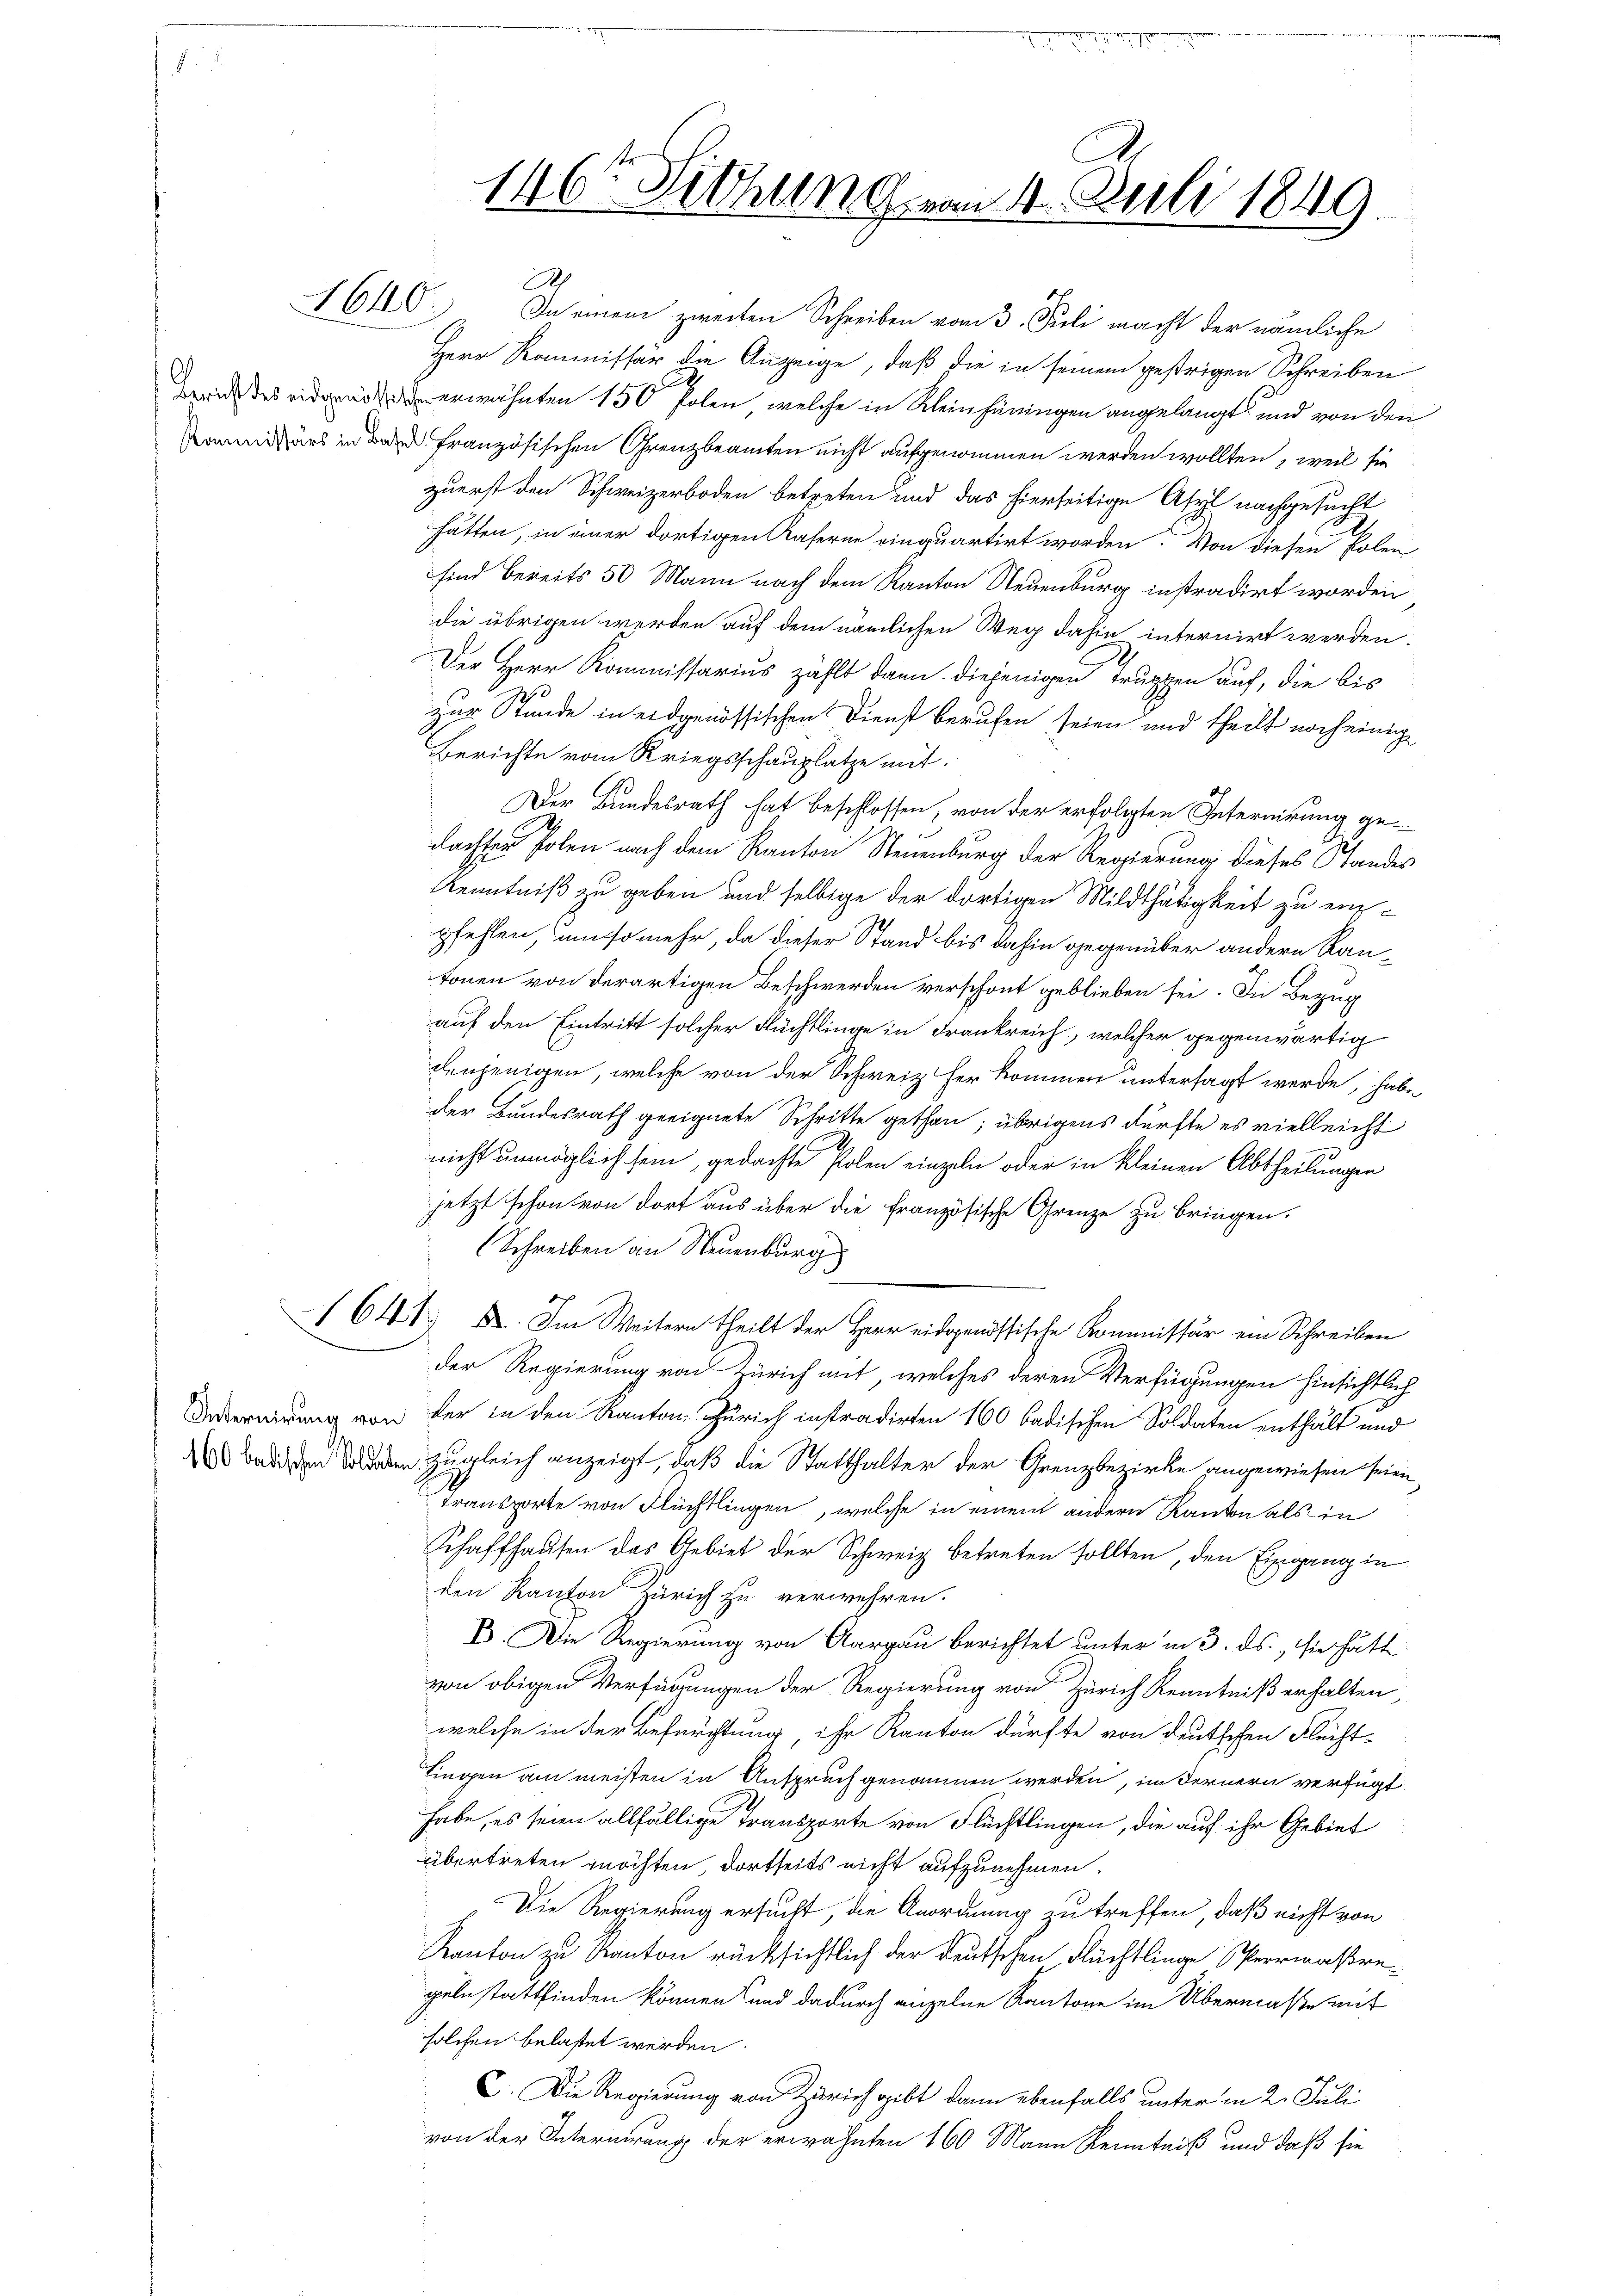
A
16100. In einem zweiten Schreiben vom 3. Juli macht der nämliche
Herr Kommissär die Anzeige, daß die in seinem gestrigen Schreiben
2
wrid des ein erwähnten 150 Polen, welche in Kleinhüringen angelangt und von den
Kommißärs in das französischen Grenzbeamten nicht aufgenommen werden wollten, weil sie
zuerst den Schweizerboden betreten und das hierseitige Asyl nachgesucht
hätten, in einer dortigen Kaserne einquartirt worden. Von diesen Polen
sind bereits 50 Mann nach dem Kanton Neuenburg instradirt worden
die übrigen werden auf dem nämlichen Weg dahin internirt werden.
Der Herr Kommissarius zählt dann diejenigen Truppen auf, die bis
zur Stunde in eidgenössischen Dienst berufen seien und theilt noch einig
Berichte vom Kriegsschauplatze mit
Der Bundesrath hat beschlossen, von der erfolgten Internirung gedachter Polen nach dem Kanton Steuenburg der Regierung dieses Standes
Kenntniß zu geben und selbige der dortigen Mildthätigkeit zu einpfehlen, um so mehr, da dieser Stand bis dahin gegenüber andern Rautonen von derartigen Beschwerden verschont geblieben sei. In Bezug
auf den Eintritt solcher Flüchtlinge in Frankreich, welcher gegenwärtig
denjenigen, welche von der Schweiz her kommen untersagt werde, habe
der Bundesrath geeignete Schritte gethan; übrigens dürfte es vielleicht
nicht unmöglich sein, gedachte Polen einzeln oder in kleinen Abtheilungen
jetzt schon von dort aus über die Französische Grenze zu bringen.
Schreiben an Neuenburg
1641 u. Im Weitern theilt der Herr eidgenössische Kommissär ein Schreiben
der Regierung von Zürich mit, welches deren Verfügungen hinsichtlich
Deternirung von der in den Kanton Zürich instradirten 160 badischen Soldaten enthält und
 Baden den zugleich anzeigt, daß die Statthalter der Grenzbezirke angewiesen seien,
Transporte von Flüchtlingen, welche in einem andern Kanton als in
Schaffhausen das Gebiet der Schweiz betreten sollten, den Eingang in
den Kanton Zürich zu verwehren.
I. Die Regierung von Aargau berichtet unter in 3. ds., sie hätte
von obigen Verfügungen der Regierung von Zürich Kenntniß erhalten,
welche in der Befürchtung, ihr Kanton dürfte von deutschen Flecht¬
Lingen am meisten in Anspruch genommen werden, im Fernern verfügt
habe, es seien allfällige Transporte von Flüchtlingen, die auf ihr Gebiet
übertreten möchten, dortseits nicht aufzunehmen.
Die Regierung ersucht, die Anordnung zu treffen, daß nicht von
Kanton zu Kanton rücksichtlich der deutschen Flüchtlinge Sperrmaßregeln stattfinden können land dadurch einzelne Kantone im Übermaße mit
solchen belastet werden.
C. Die Regierung von Zürich gibt dann ebenfalls unter in 2. Juli
von der Internierung der erwähnten 160 Mann Kenntniß und daß sie

16t Fitzung vom 4. Juli 1849